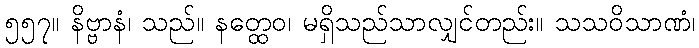
၅၅၇။ နိဗ္ဗာနံ၊ သည်။ နတ္ထေဝ၊ မရှိသည်သာလျှင်တည်း။ သသဝိသာဏံ၊